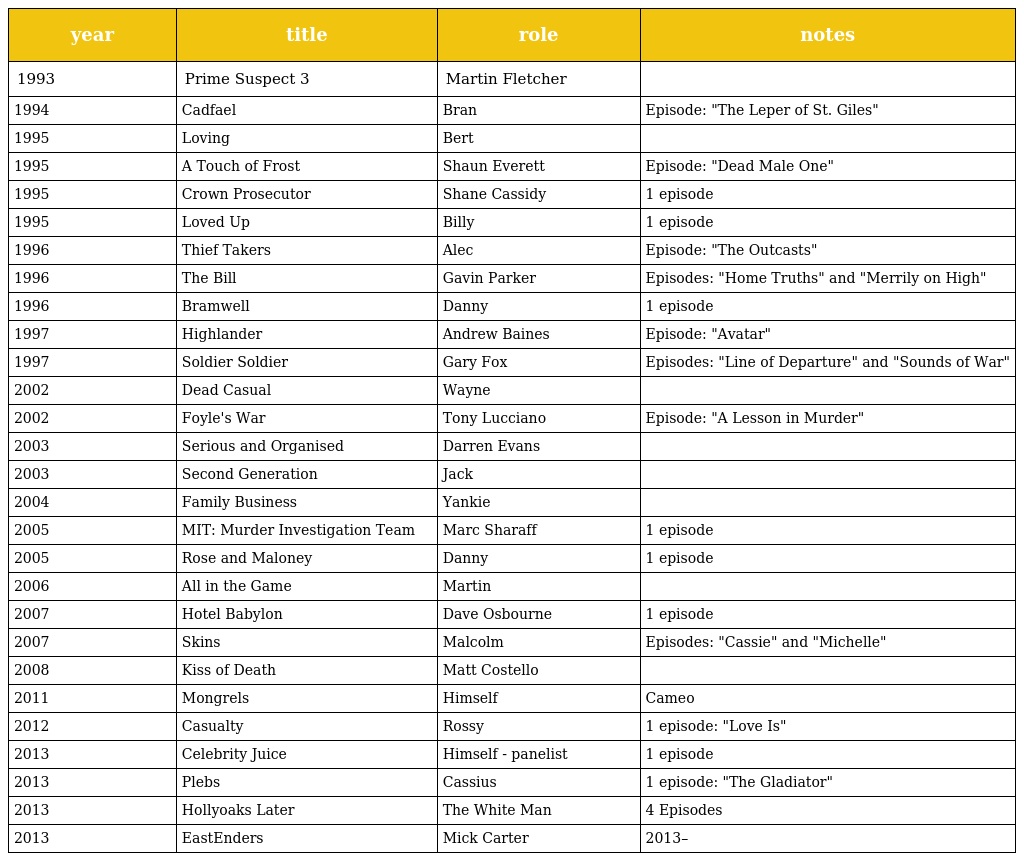
| year | title | role | notes |
 | --- | --- | --- | --- |
 | 1993 | Prime Suspect 3 | Martin Fletcher |  |
 | 1994 | Cadfael | Bran | Episode: "The Leper of St. Giles" |
 | 1995 | Loving | Bert |  |
 | 1995 | A Touch of Frost | Shaun Everett | Episode: "Dead Male One" |
 | 1995 | Crown Prosecutor | Shane Cassidy | 1 episode |
 | 1995 | Loved Up | Billy | 1 episode |
 | 1996 | Thief Takers | Alec | Episode: "The Outcasts" |
 | 1996 | The Bill | Gavin Parker | Episodes: "Home Truths" and "Merrily on High" |
 | 1996 | Bramwell | Danny | 1 episode |
 | 1997 | Highlander | Andrew Baines | Episode: "Avatar" |
 | 1997 | Soldier Soldier | Gary Fox | Episodes: "Line of Departure" and "Sounds of War" |
 | 2002 | Dead Casual | Wayne |  |
 | 2002 | Foyle's War | Tony Lucciano | Episode: "A Lesson in Murder" |
 | 2003 | Serious and Organised | Darren Evans |  |
 | 2003 | Second Generation | Jack |  |
 | 2004 | Family Business | Yankie |  |
 | 2005 | MIT: Murder Investigation Team | Marc Sharaff | 1 episode |
 | 2005 | Rose and Maloney | Danny | 1 episode |
 | 2006 | All in the Game | Martin |  |
 | 2007 | Hotel Babylon | Dave Osbourne | 1 episode |
 | 2007 | Skins | Malcolm | Episodes: "Cassie" and "Michelle" |
 | 2008 | Kiss of Death | Matt Costello |  |
 | 2011 | Mongrels | Himself | Cameo |
 | 2012 | Casualty | Rossy | 1 episode: "Love Is" |
 | 2013 | Celebrity Juice | Himself - panelist | 1 episode |
 | 2013 | Plebs | Cassius | 1 episode: "The Gladiator" |
 | 2013 | Hollyoaks Later | The White Man | 4 Episodes |
 | 2013 | EastEnders | Mick Carter | 2013– |